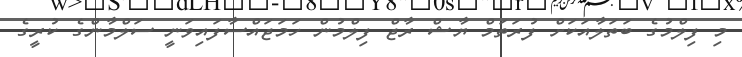
މި ފިލްމުގެ ބަތަލާއަކަށް ފުރަތަމް ޔާޝް ރާޖް ފިލްމުން ހަމަޖައްސާފައިވަނީ ސަލްމާންގެ ކުރީގެ